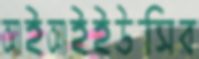
আইআইইউসির